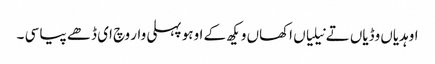
اوہدیاں وڈیاں تے نیلیاں اکھاں و یکھ کے اوہو پہلی وار وچ ای ڈھے پیا سی ۔